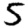
Digit: 5